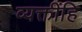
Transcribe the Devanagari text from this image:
व्यक्तींहि